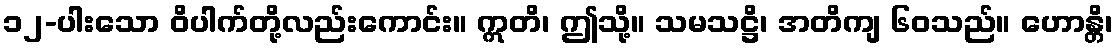
၁၂-ပါးသော ဝိပါက်တို့လည်းကောင်း။ ဣတိ၊ ဤသို့။ သမသဋ္ဌိ၊ အတိကျ ၆၀သည်။ ဟောန္တိ၊